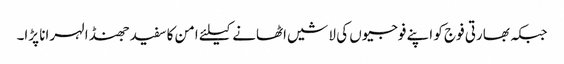
جبکہ بھارتی فوج کو اپنے فوجیوں کی لاشیں اٹھانے کیلئے امن کا سفید جھنڈا لہرانا پڑا۔